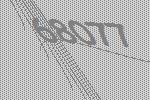
68077